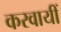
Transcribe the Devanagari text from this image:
करवायीं